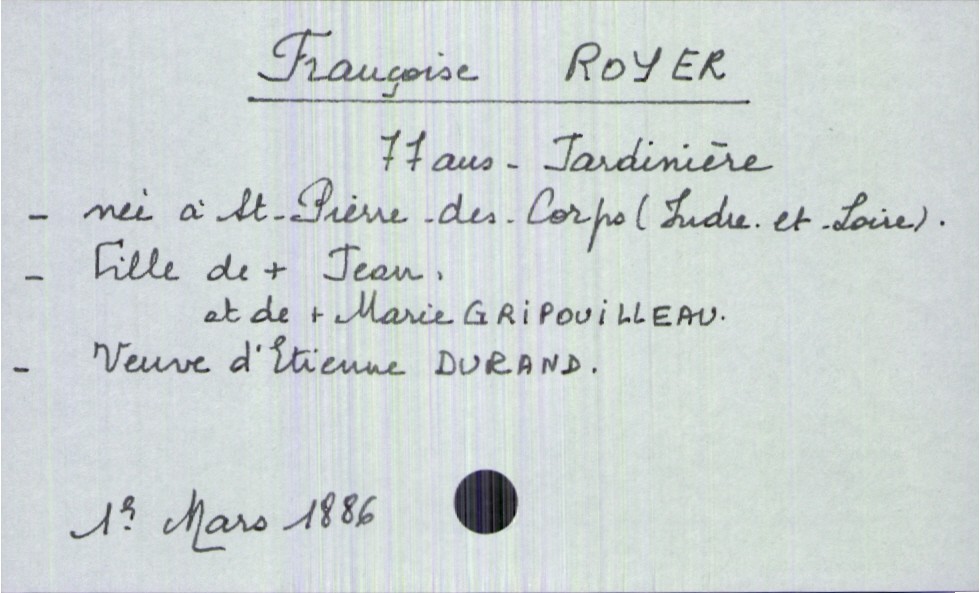
type_acte: Décès
année: 1886
mois: mars
jour: 1e
défunt_nom: Royer
défunt_prénom: Françoise
défunt_sexe: F
défunt_âge: 77 ans
défunt_profession: jardinière
défunt_lieu_de_naissance: Saint-Pierre-des-Corps (Indre-et-Loire)
défunt_statut: veuf(ve)
père_défunt_nom: Royer
père_défunt_prénom: Jean
père_défunt_statut: décédé
mère_défunt_nom: Gripouilleau
mère_défunt_prénom: Marie
mère_défunt_statut: décédée